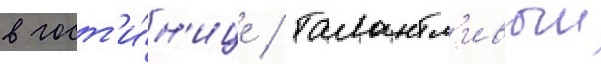
в гост'и́н'ице / талантл'ивыи